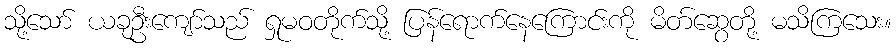
သို့သော် ယခုဦးကျော်သည် ရှုမဝတိုက်သို့ ပြန်ရောက်နေကြောင်းကို မိတ်ဆွေတို့ မသိကြသေး။